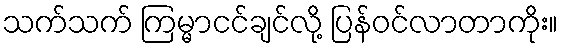
သက်သက် ကြမ္မာငင်ချင်လို့ ပြန်ဝင်လာတာကိုး။